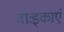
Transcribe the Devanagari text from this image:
वाःइकाएं